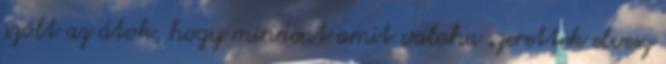
szólt az átok, hogy mindent amit valaha szerettek elvesz